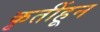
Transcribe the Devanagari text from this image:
कृतींहून